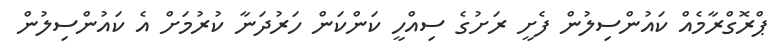
ޕްރޮގްރާމެއް ކައުންސިލުން ފެށީ ރަށުގެ ސިއްހީ ކަންކަން ހަރުދަނާ ކުރުމަށް އެ ކައުންސިލުން